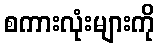
စကားလုံးများကို